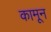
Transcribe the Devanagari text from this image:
कामून